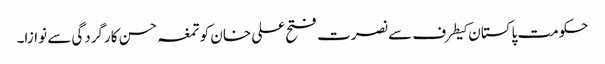
حکومت پاکستان کیطرف سے نصرت فتح علی خان کو تمغہ حسن کارگردگی سے نوازا۔